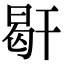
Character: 𢆜